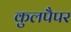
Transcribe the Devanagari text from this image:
कुलपैपर